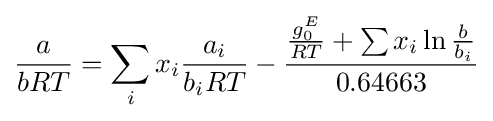
{\frac {a}{bRT}}=\sum _{i}x_{i}{\frac {a_{i}}{b_{i}RT}}-{\frac {{\frac {g_{0}^{E}}{RT}}+\sum x_{i}\ln {\frac {b}{b_{i}}}}{0.64663}}